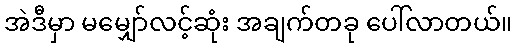
အဲဒီမှာ မမျှော်လင့်ဆုံး အချက်တခု ပေါ်လာတယ်။